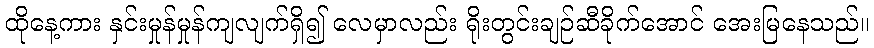
ထိုနေ့ကား နှင်းမှုန်မှုန်ကျလျက်ရှိ၍ လေမှာလည်း ရိုးတွင်းချဉ်ဆီခိုက်အောင် အေးမြနေသည်။